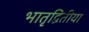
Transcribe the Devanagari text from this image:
भातृद्वितीया